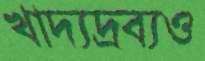
খাদ্যদ্রব্যও